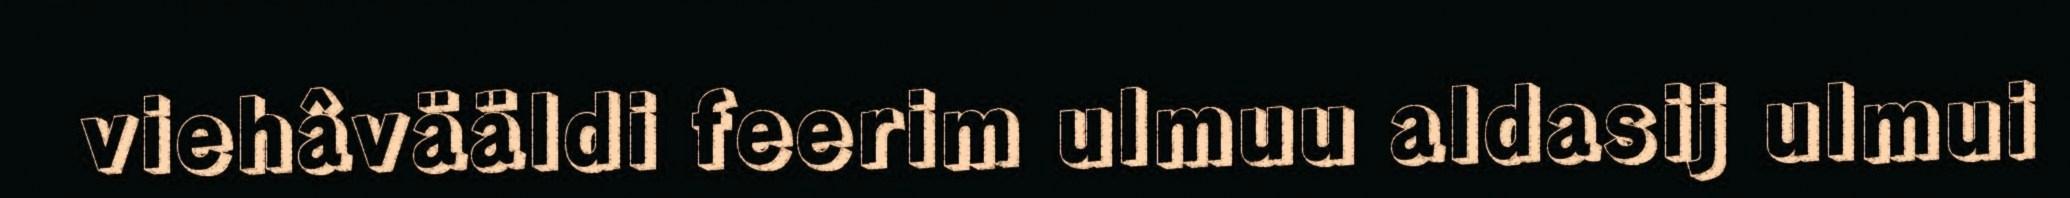
viehâvääldi feerim ulmuu aldasij ulmui